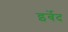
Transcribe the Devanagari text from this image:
इर्बेद